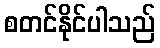
စတင်နိုင်ပါသည်